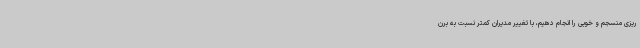
ریزی منسجم و خوبی را انجام دهیم، با تغییر مدیران کمتر نسبت به برن